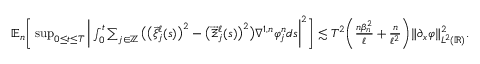
\begin{array} { r l } & { \mathbb { E } _ { n } \bigg [ \operatorname* { s u p } _ { 0 \le t \le T } \bigg | \int _ { 0 } ^ { t } \sum _ { j \in \mathbb { Z } } \big ( \big ( \overrightarrow { \xi } _ { j } ^ { \ell } ( s ) \big ) ^ { 2 } - \big ( \overrightarrow { \Xi } _ { j } ^ { \ell } ( s ) \big ) ^ { 2 } \big ) \nabla ^ { 1 , n } \varphi _ { j } ^ { n } d s \bigg | ^ { 2 } \bigg ] \lesssim T ^ { 2 } \bigg ( \frac { n \beta _ { n } ^ { 2 } } { \ell } + \frac { n } { \ell ^ { 2 } } \bigg ) \| \partial _ { x } \varphi \| _ { L ^ { 2 } ( \mathbb { R } ) } ^ { 2 } . } \end{array}